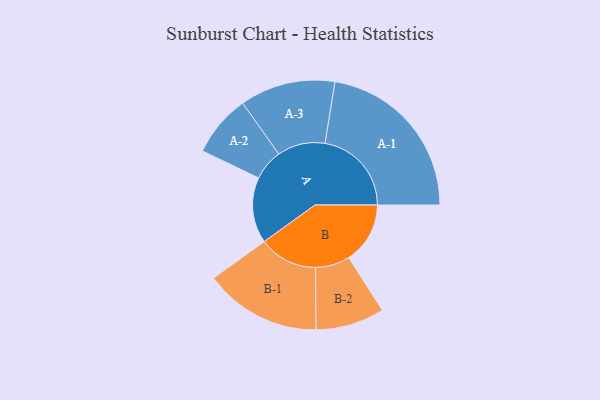
{"axis": {"x": "Segment", "y": "Value"}, "legend": ["", "A", "B"], "data": [{"x": "A", "y": 212, "type": ""}, {"x": "B", "y": 198, "type": ""}, {"x": "A-1", "y": 279, "type": "A"}, {"x": "A-2", "y": 100, "type": "A"}, {"x": "A-3", "y": 154, "type": "A"}, {"x": "B-1", "y": 189, "type": "B"}, {"x": "B-2", "y": 111, "type": "B"}]}